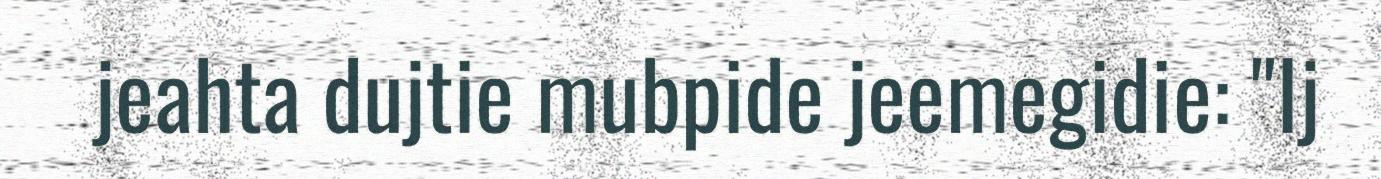
jeahta dujtie mubpide jeemegidie: "Ij